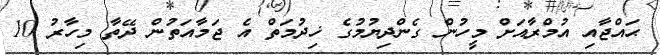
ޙައްޖާއި އުމްރާއަށް މީހުން ގެންދިޔުމުގެ ޚިދުމަތް އެ ޖަމާއަތުން ދޭތާ މިހާރު 10